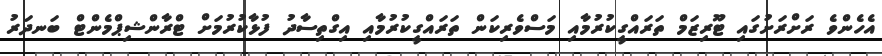
އެހެންވެ ރަށްރަށުގައި ޓޫރިޒަމް ތަރައްގީކުރުމާއި މަސްވެރިކަން ތަރައްގީކުރުމާއި އިގްތިސާދު ފުޅާކުރުމަށް ޓްރާންޝިޕްމެންޓް ބަނދަރު